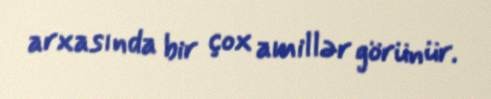
arxasında bir çox amillər görünür.